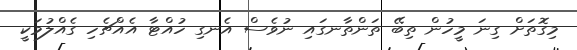
މިގޮތަށް ގިނަ މީހުން ތިބޭ ތަންތާނގައި ނުވެސް އެނގި ހުއްޓާ އެއްޗެހި ގެއްލުމަކީ